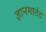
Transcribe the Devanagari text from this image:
ज्ञानमातंड